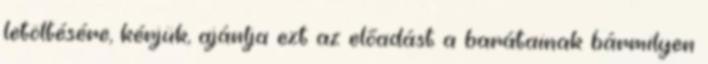
letöltésére, kérjük, ajánlja ezt az előadást a barátainak bármilyen